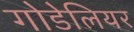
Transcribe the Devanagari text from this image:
गोडेलियर